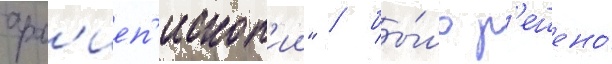
арх'иеп'ископ'ии" / бы́ло р'ешено́